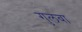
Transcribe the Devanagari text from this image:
गुलबा